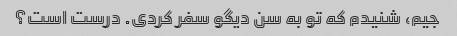
جیم، شنیدم که تو به سن دیگو سفر کردی. درست است؟